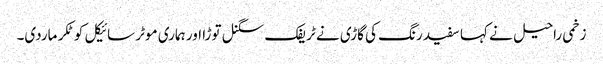
زخمی راحیل نے کہا سفید رنگ کی گاڑی نے ٹریفک سگنل توڑا اور ہماری موٹر سائیکل کو ٹکر ماردی۔